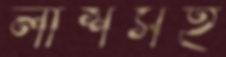
লাশসহ